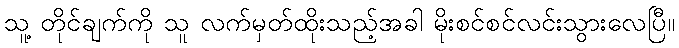
သူ့ တိုင်ချက်ကို သူ လက်မှတ်ထိုးသည့်အခါ မိုးစင်စင်လင်းသွားလေပြီ။